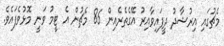
މެޗުގައި އިރުޝާދު ދީފައިވާއިރު އޭގެތެރެއިން 86 މެޗުން އެ ޓީމު ވަނީ މޮޅުވެފައެވެ.